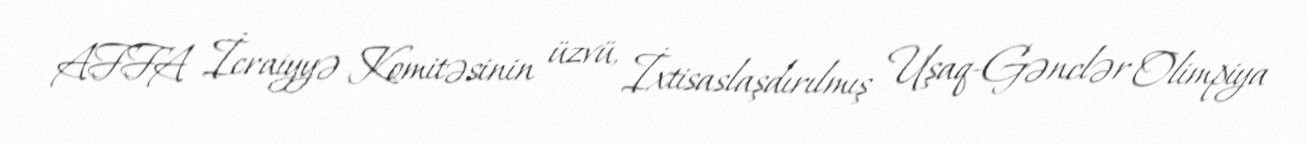
AFFA İcraiyyə Komitəsinin üzvü, İxtisaslaşdırılmış Uşaq-Gənclər Olimpiya